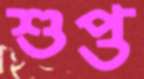
শুপ্ত